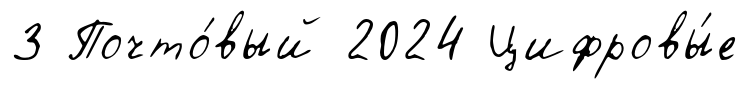
3 Почто́вый 2024 Цифровы́е